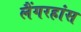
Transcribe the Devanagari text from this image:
लैंगरहांस